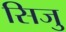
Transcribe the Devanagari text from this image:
सिजु